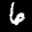
Label: 6